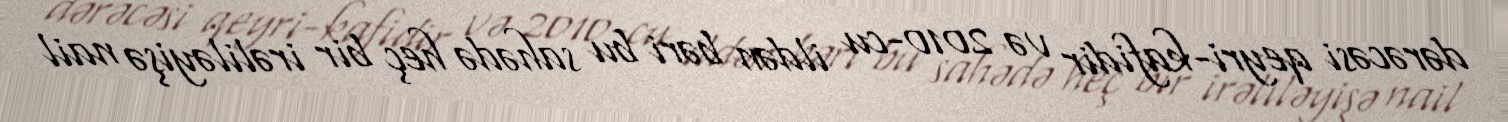
dərəcəsi qeyri-kafidir və 2010-cu ildən bəri bu sahədə heç bir irəliləyişə nail